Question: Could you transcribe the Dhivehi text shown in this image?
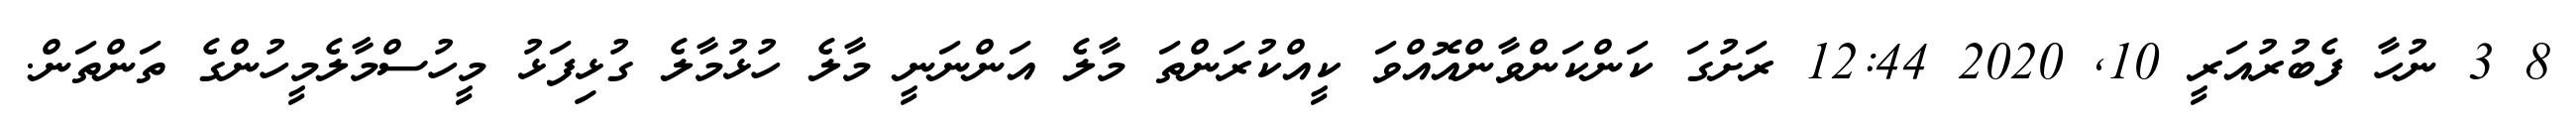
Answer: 8 3 ނުހާ ފެބުރުއަރީ 10, 2020 12:44 ރަށުގަ ކަންކަންވާންއޮއްވަ ކީއްކުރަންތަ މާލެ އަންނަނީ މާލެ ހުޅުމާލެ ގުޅިފަޅު މީހުސްމާލެމީހުންގެ ތަންތަން.